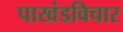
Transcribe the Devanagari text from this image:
पाखंडविचार